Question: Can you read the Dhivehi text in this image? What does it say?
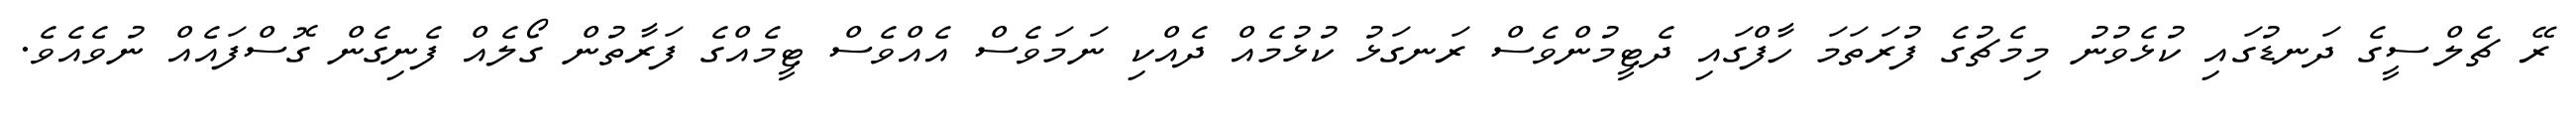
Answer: ރޭ ޗެލްސީގެ ދަނޑުގައި ކުޅެވުނު މިމެޗުގެ ފުރަތަމަ ހާފްގައި ދެޓީމުންވެސް ރަނގަޅު ކުޅުމެއް ދެއްކި ނަމަވެސް އެއްވެސް ޓީމެއްގެ ފަރާތުން ގޯލެއް ފެނިގެން ގޮސްފައެއް ނުވެއެވެ.